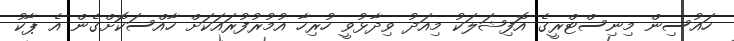
ހައުސިން މިނިސްޓްރީގެ އޮފިޝަލަކު މިއަދު ވިދާޅުވީ ހުރިހާ އުމުރުފުރައަކަށް ހާއްސަކޮށްގެން އެ ޕާކު